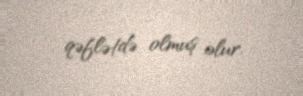
qəflətdə olmuş olur.